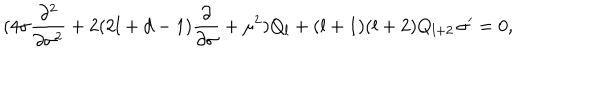
LaTeX: ( 4 \sigma \frac { \partial ^ { 2 } } { \partial \sigma ^ { 2 } } + 2 ( 2 l + d - 1 ) \frac { \partial } { \partial \sigma } + \mu ^ { 2 } ) Q _ { l } + ( l + 1 ) ( l + 2 ) Q _ { l + 2 } \, \sigma ^ { \prime } = 0 ,